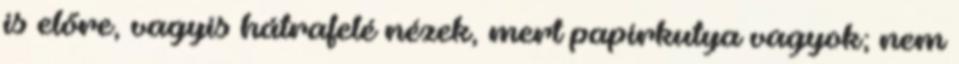
is előre, vagyis hátrafelé nézek, mert papírkutya vagyok; nem